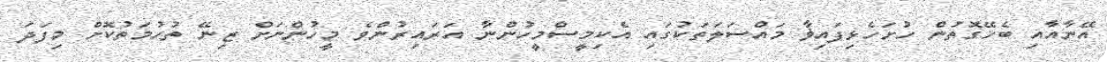
އޭނާއާއި ބެހޭގޮތުން ހުށަހެޅިފައިޥާ މައްސަލަތަކުގައި އެކިމީސްމީހުންނާ އަރައިރުންވެ މީހުންނަށް ޒިނޭ ތުހުމަތުކޮށް މިފަދަ